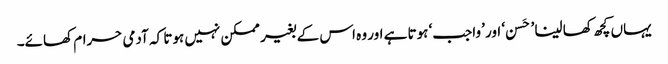
یہاں کچھ کھا لینا ’حَسن ‘ اور ’واجب‘ ہوتا ہے اور وہ اس کے بغیر ممکن نہیں ہوتا کہ آدمی حرام کھائے۔